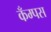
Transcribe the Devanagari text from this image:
कँम्पस